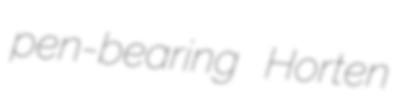
pen-bearing Horten